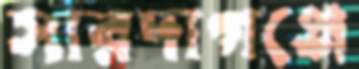
সারদাগঞ্জে